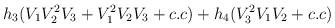
LaTeX: \begin{align*}h_3(V_1V^2 _2V_3+V^2 _1V_2V_3 +c.c)+h_4(V_3^2V_1V_2+c.c)\end{align*}